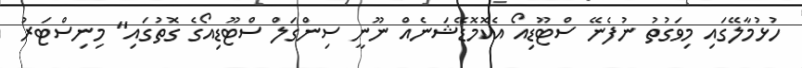
ހުޅުމާލޭގައި މިވަގުތު ނުފެނޭ ސްޓޫޑިއޯ އެކޮމޮޑޭޝަނެއް ނޫނީ ސިންގަލް ސްޓޫޑިއޯގެ ގޮތުގައި" މިނިސްޓަރު